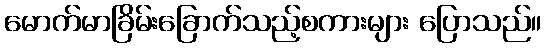
မောက်မာခြိမ်းခြောက်သည့်စကားများ ပြောသည်။